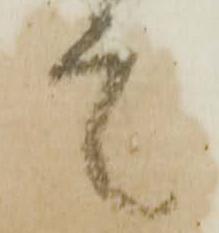
言